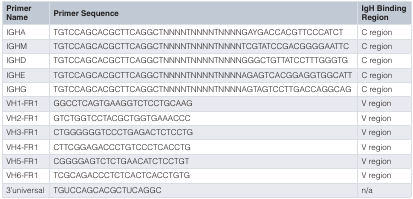
<table><thead><tr><td><b>PrimerName</b></td><td><b>Primer Sequence</b></td><td><b>IgH BindingRegion</b></td></tr></thead><tbody><tr><td>IGHA</td><td>TGTCCAGCACGCTTCAGGCTNNNNTNNNNTNNNNGAYGACCACGTTCCCATCT</td><td>C region</td></tr><tr><td>IGHM</td><td>TGTCCAGCACGCTTCAGGCTNNNNTNNNNTNNNNTCGTATCCGACGGGGAATTC</td><td>C region</td></tr><tr><td>IGHD</td><td>TGTCCAGCACGCTTCAGGCTNNNNTNNNNTNNNNGGGCTGTTATCCTTTGGGTG</td><td>C region</td></tr><tr><td>IGHE</td><td>TGTCCAGCACGCTTCAGGCTNNNNTNNNNTNNNNAGAGTCACGGAGGTGGCATT</td><td>C region</td></tr><tr><td>IGHG</td><td>TGTCCAGCACGCTTCAGGCTNNNNTNNNNTNNNNAGTAGTCCTTGACCAGGCAG</td><td>C region</td></tr><tr><td>VH1-FR1</td><td>GGCCTCAGTGAAGGTCTCCTGCAAG</td><td>V region</td></tr><tr><td>VH2-FR1</td><td>GTCTGGTCCTACGCTGGTGAAACCC</td><td>V region</td></tr><tr><td>VH3-FR1</td><td>CTGGGGGGTCCCTGAGACTCTCCTG</td><td>V region</td></tr><tr><td>VH4-FR1</td><td>CTTCGGAGACCCTGTCCCTCACCTG</td><td>V region</td></tr><tr><td>VH5-FR1</td><td>CGGGGAGTCTCTGAACATCTCCTGT</td><td>V region</td></tr><tr><td>VH6-FR1</td><td>TCGCAGACCCTCTCACTCACCTGTG</td><td>V region</td></tr><tr><td>3'universal</td><td>TGUCCAGCACGCTUCAGGC</td><td>n/a</td></tr></tbody></table>